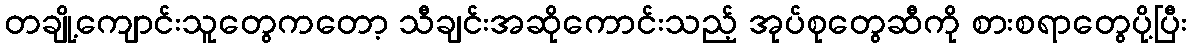
တချို့ကျောင်းသူတွေကတော့ သီချင်းအဆိုကောင်းသည့် အုပ်စုတွေဆီကို စားစရာတွေပို့ပြီး